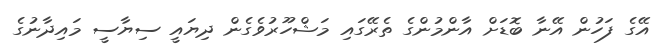
އޭގެ ފަހުން އޭނާ ބޮޑަށް އާންމުންގެ ތެރޭގައި މަޝްހޫރުވެގެން ދިޔައީ ސިޔާސީ މައިދާނުގެ